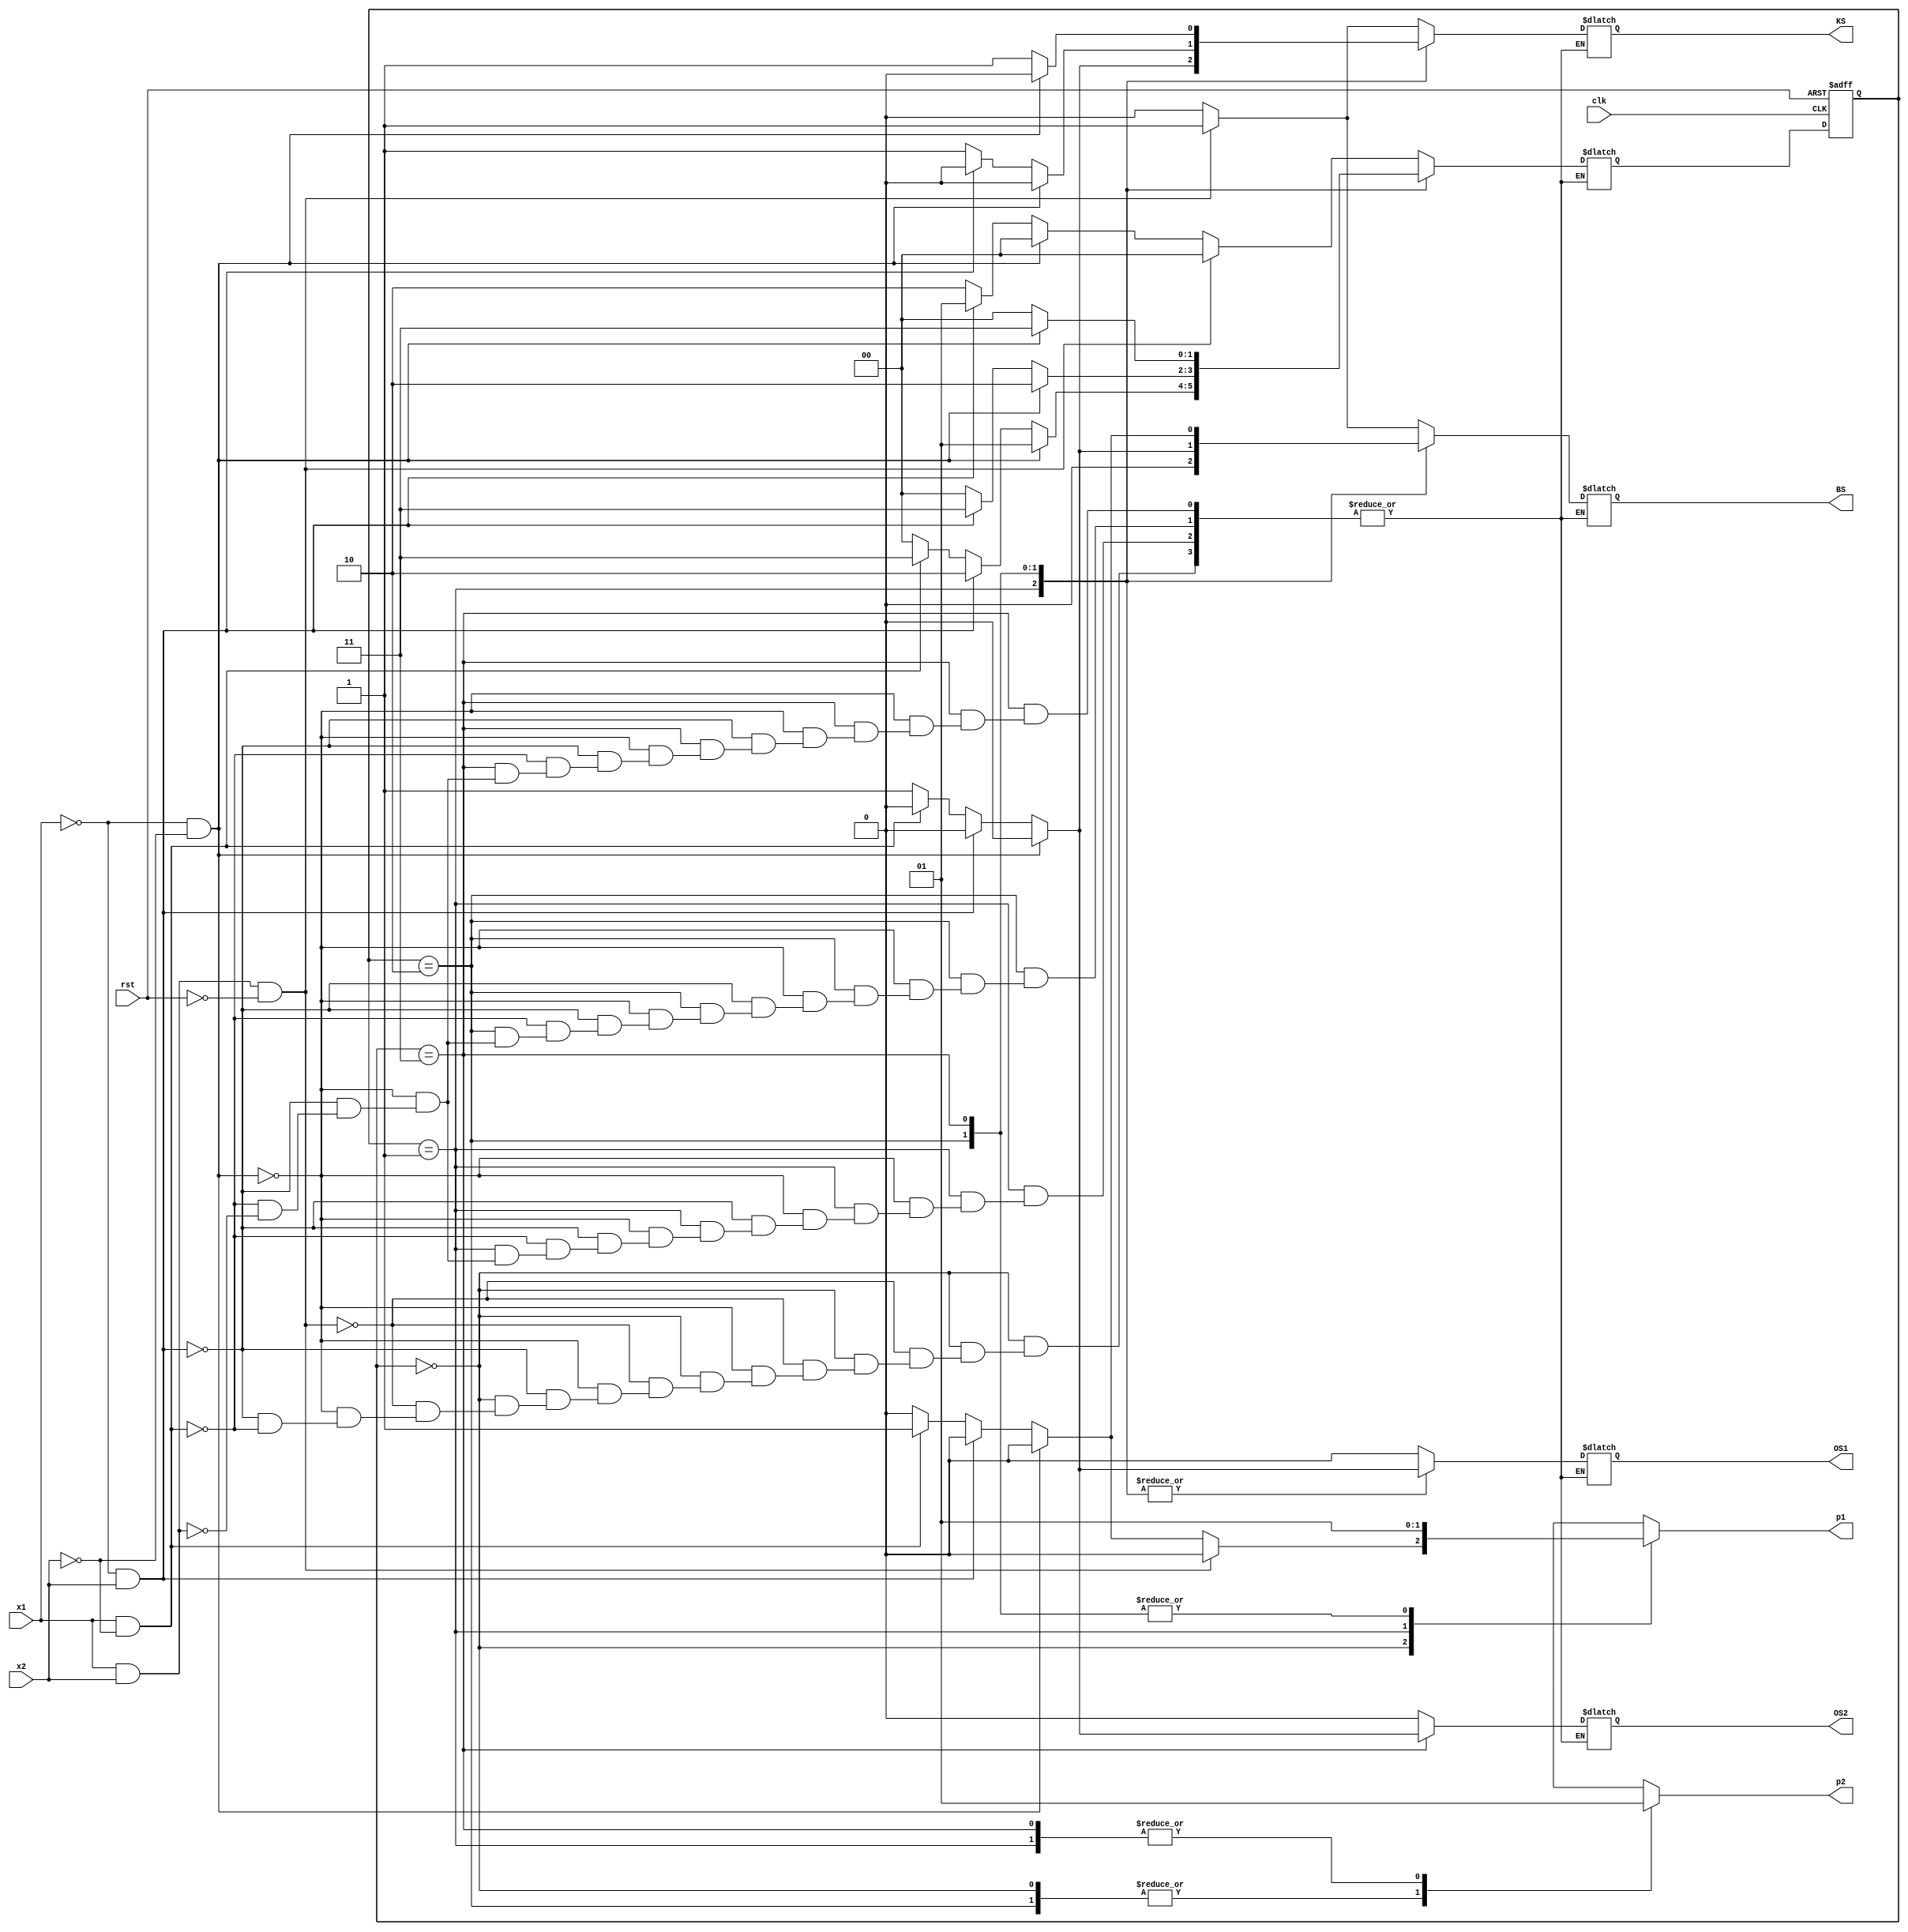
module KahveMakinesi(clk,rst,x1,x2,KS,BS,OS1,OS2,p1,p2);
    input clk,rst,x1,x2;
    output KS,BS,OS1,OS2,p1,p2;
    
    reg KS,BS,OS1,OS2,p1,p2;

    parameter BASLANGIC=2'b00;
    parameter BES=2'b01;
    parameter ON=2'b10;
    parameter ONBES=2'b11;
    
    reg [1:0] present_state;
    
    reg [1:0] next_state;
    
 
    always @(posedge clk or posedge rst)
    begin
        if(rst==1)
        begin
            //p1=0;p2=0;
           present_state=BASLANGIC;
           
        end
        else
            present_state<=next_state;
    end       
    
    
    always @(present_state or x1 or x2)
    begin
        case(present_state)
            BASLANGIC:
            begin
                p1=0;p2=0;
               if (x1==1 && x2==1 && rst==0) 
               begin
                    next_state=BASLANGIC;
                    KS=1;
                    BS=1;
                    OS1=0;
                    OS2=0;
                   // p1=0;p2=0;
                                   
                end
                else if(x1==0 && x2==0)
                begin
                    next_state=BASLANGIC;
                    KS=0;
                    BS=0;
                    OS1=0;
                    OS2=0;
                    //p1=0;p2=0;
                    
                end
                else if(x1==0 && x2==1)
                begin
                    next_state=BES;
                    KS=0;
                    BS=0;
                    OS1=0;
                    OS2=0;
                   // p1=0;p2=1;
                end
                else if(x1==1 && x2==0)
                begin
                    next_state=ON;
                    KS=0;
                    BS=0;
                    OS1=0;
                    OS2=0;
                    p1=1;p2=0;
                end
               
            end
            BES:
            begin
                    p1=0;p2=1;
                    if(x1==0 && x2==0)
                    begin
                        next_state=BES;
                        KS=0;
                        BS=0;
                        OS1=0;
                        OS2=0;
                        //p1=0;p2=1;
                    end
                    else if(x1==0 && x2==1)
                    begin
                        next_state=ON;
                        KS=0;
                        BS=0;
                        OS1=0;
                        OS2=0;
                        //p1=1;p2=0;
                    end
                    else if(x1==1 && x2==0)
                    begin
                        next_state=ONBES;
                        KS=0;
                        BS=0;
                        OS1=0;
                        OS2=0;
                        //p1=1;p2=1;
                    end
                    else if(x1==1 && x2==1)
                    begin
                        next_state=BASLANGIC;
                        KS=1;
                        BS=0;
                        OS1=1;
                        OS2=0;
                       // p1=0;p2=0;
                    end
            end
            ON:
            begin
                        p1=1;p2=0;
                        if(x1==0 && x2==0)
                        begin
                            next_state=ON;
                            KS=0;
                            BS=0;
                            OS1=0;
                            OS2=0;
                            //p1=1;p2=0;
                        end
                        else if(x1==0 && x2==1)
                        begin
                            next_state=ONBES;
                            KS=0;
                            BS=0;
                            OS1=0;
                            OS2=0;
                           // p1=1;p2=0;
                        end
                        else if(x1==1 && x2==0)
                        begin
                            next_state=BASLANGIC;
                            KS=1;
                            BS=0;
                            OS1=0;
                            OS2=0;
                           // p1=0;p2=0;
                        end
                        else if(x1==1 && x2==1)
                        begin
                            next_state=BASLANGIC;
                            KS=1;
                            BS=1;
                            OS1=1;
                            OS2=0;
                           // p1=0;p2=0;
                        end
            end
            ONBES:
            begin
                            p1=1;p2=1;
           
                            if(x1==0 && x2==0)
                            begin
                                next_state=ONBES;
                                KS=0;
                                BS=0;
                                OS1=0;
                                OS2=0;
                              //  p1=1;p2=1;
                            end
                            else if(x1==0 && x2==1)
                            begin
                                next_state=BASLANGIC;
                                KS=1;
                                BS=0;
                                OS1=0;
                                OS2=0;
                             //   p1=0; p2=0;
                            end
                            else if(x1==1 && x2==0)
                            begin
                                next_state=BASLANGIC;
                                KS=1;
                                BS=1;
                                OS1=0;
                                OS2=0;
                              //  p1=0;p2=0;
                            end
                            else if(x1==1 && x2==1)
                            begin
                                next_state=BASLANGIC;
                                KS=1;
                                BS=0;
                                OS1=1;
                                OS2=1;
                               // p1=0;p2=0;
                            end
                end
           endcase
      end
endmodule